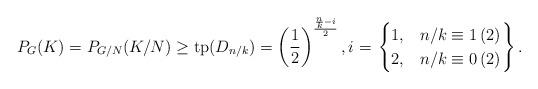
LaTeX: \begin{align*}P_G(K) = P_{G/N}(K/N) \geq \mathrm{tp}(D_{n/k}) = \left(\frac{1}{2}\right)^{\frac{\frac{n}{k}-i}{2}},i = \left.\begin{cases} 1, & n/k \equiv 1\,(2)\\2,& n/k \equiv 0\,(2)\end{cases}\right\}.\end{align*}